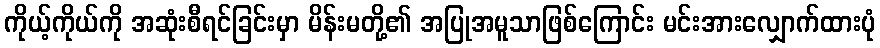
ကိုယ့်ကိုယ်ကို အဆုံးစီရင်ခြင်းမှာ မိန်းမတို့၏ အပြုအမူသာဖြစ်ကြောင်း မင်းအားလျှောက်ထားပုံ